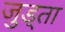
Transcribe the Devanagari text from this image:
जुड्ता